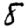
Digit: 8